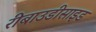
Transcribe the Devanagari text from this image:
रीबाउडीसाइड